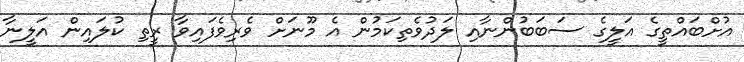
އުށްބައްތީގެ އަލީގެ ސަބަބުންނާއި ލަދުވެތިކަމުން އެ މޫނަށް ވެރިވެފައިވާ ރީތި ކުލައިން އަލީނާ